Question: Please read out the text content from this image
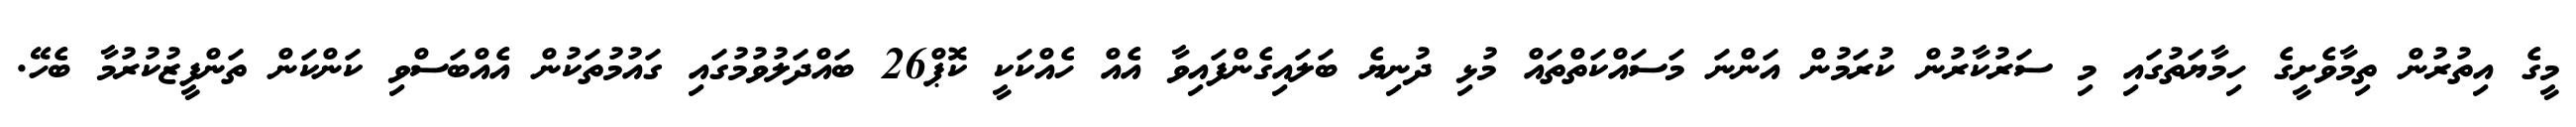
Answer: މީގެ އިތުރުން ތިމާވެށީގެ ހިމާޔަތުގައި މި ސަރުކާރުން ކުރަމުން އަންނަ މަސައްކަތްތައް މުޅި ދުނިޔެ ބަލައިގެންފައިވާ އެއް ހެއްކަކީ ކޮޕް26 ބައްދަލުވުމުގައި ގައުމުތަކުން އެއްބަސްވި ކަންކަން ތަންފީޒުކުރުމާ ބެހޭ.